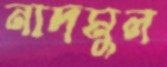
নাদমুল